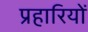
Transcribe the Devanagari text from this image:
प्रहारियों